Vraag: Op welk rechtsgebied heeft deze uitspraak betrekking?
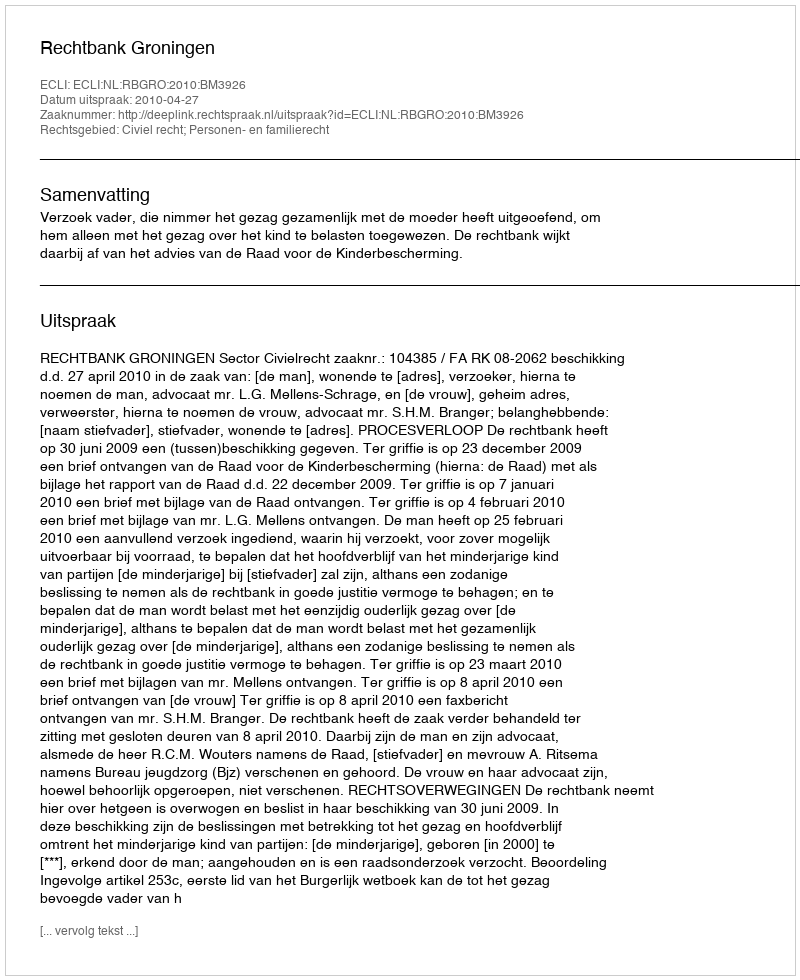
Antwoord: Civiel recht; Personen- en familierecht